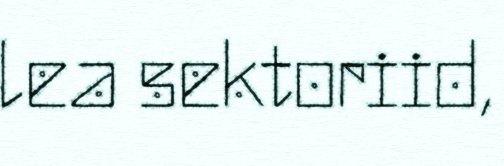
lea sektoriid,